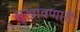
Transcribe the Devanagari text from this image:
सुखावणारी